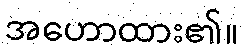
အဟောထား၏။